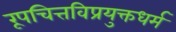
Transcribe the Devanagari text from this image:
रूपचित्तविप्रयुक्तधर्म